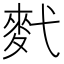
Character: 䴬